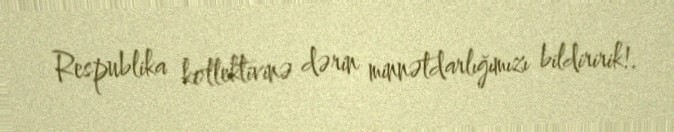
Respublika kollektivinə dərin minnətdarlığımızı bildiririk!.